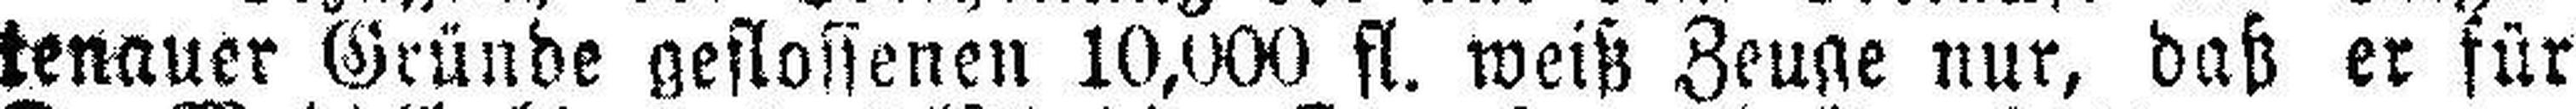
tenauer Gründe geflossenen 10,000 fl. weiß Zeuge nur, daß er für